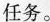
任务。